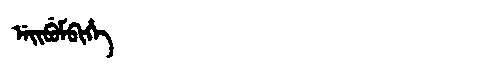
Manchu: ᠨᡝᡳᠪᡠᠮᠪᡳᡥᡝ
Romanization: NEIBUMBIHE